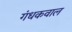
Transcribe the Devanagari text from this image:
गंधकवाल